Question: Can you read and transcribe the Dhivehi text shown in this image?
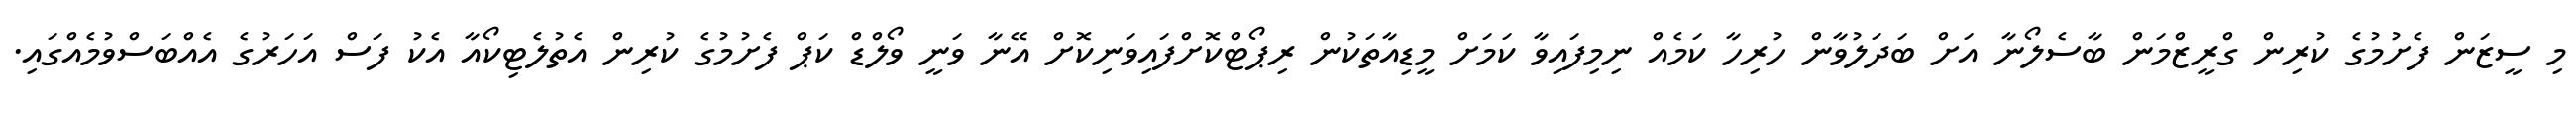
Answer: މި ސީޒަން ފެށުމުގެ ކުރިން ގްރީޒްމަން ބާސެލޯނާ އަށް ބަދަލުވާން ހުރިހާ ކަމެއް ނިމިފައިވާ ކަމަށް މީޑިއާތަކުން ރިޕޯޓްކޮށްފައިވަނިކޮށް އޭނާ ވަނީ ވޯލްޑް ކަޕް ފެށުމުގެ ކުރިން އެތުލެޓިކޯއާ އެކު ފަސް އަހަރުގެ އެއްބަސްވުމެއްގައި.